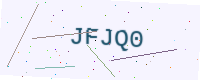
Text: JFJQ0